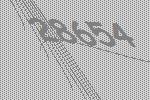
28654